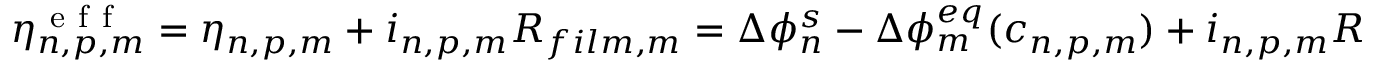
\begin{array} { r } { \eta _ { n , p , m } ^ { \mathrm { ~ e ~ f ~ f ~ } } = \eta _ { n , p , m } + i _ { n , p , m } R _ { f i l m , m } = \Delta \phi _ { n } ^ { s } - \Delta \phi _ { m } ^ { e q } ( c _ { n , p , m } ) + i _ { n , p , m } R _ { f i l m , m } } \end{array}